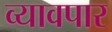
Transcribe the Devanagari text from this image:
व्यावपार